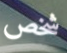
شخص